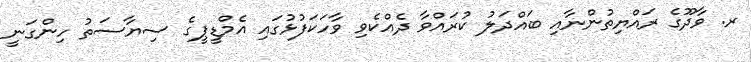
ރ. ވާދޫގެ ރައްޔިތުންނާއި ބައްދަލު ކުރައްވާ ދެއްކެވި ވާހަކަފުޅުގައި އެމްޑީޕީގެ ސިޔާސަތު ހިންގަނީ